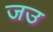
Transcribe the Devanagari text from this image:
जउ